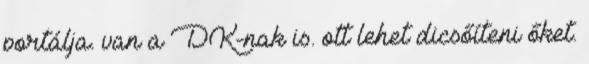
portálja. van a DK-nak is. ott lehet dicsőíteni őket.